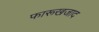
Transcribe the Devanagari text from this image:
फारूखजाद